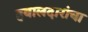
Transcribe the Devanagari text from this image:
हवालदारांचा